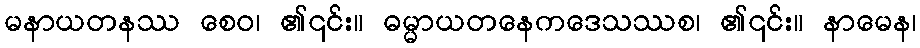
မနာယတနဿ စေဝ၊ ၏၎င်း။ ဓမ္မာယတနေကဒေသဿစ၊ ၏၎င်း။ နာမေန၊